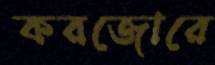
করজোরে